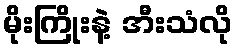
မိုးကြိုးနဲ့ အီးသံလို